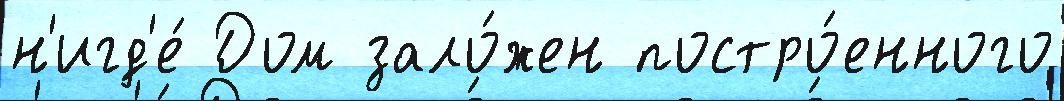
н'игд'е́ Дом зало́жен постро́енного